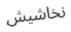
نخاشيش